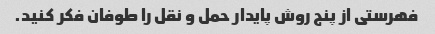
فهرستی از پنج روش پایدار حمل و نقل را طوفان فکر کنید.